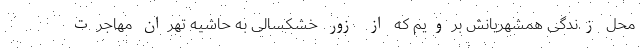
محل زندگی همشهریانش برویم که از زور خشکسالی به حاشیه تهران مهاجرت